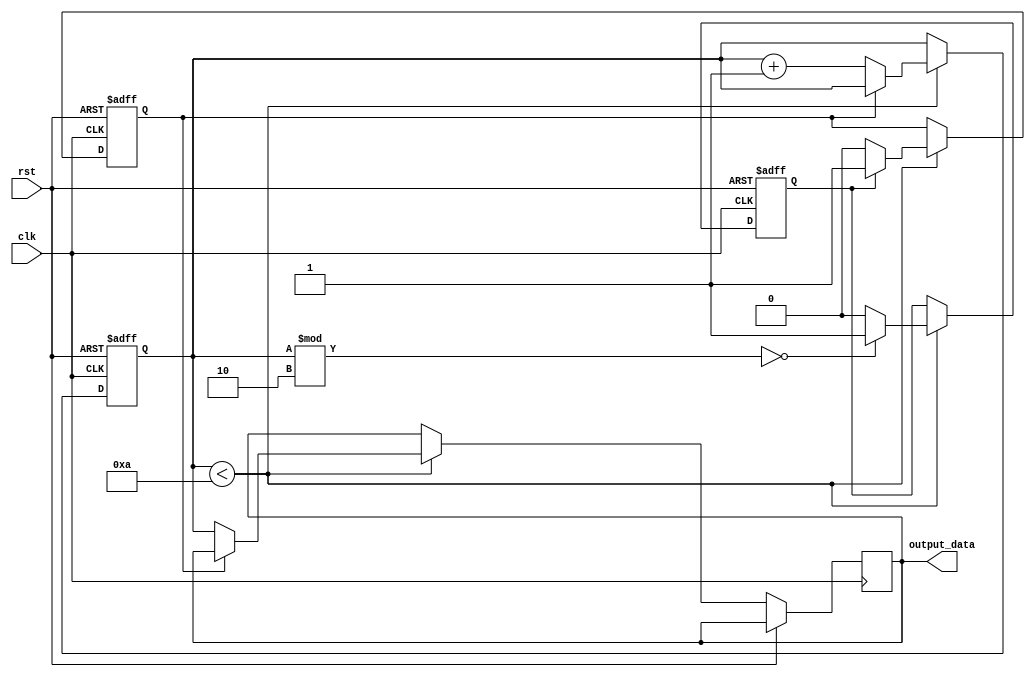
module Loop_with_skip(
    input clk,
    input rst,
    output reg [7:0] output_data
);

reg [7:0] counter;
reg skip_condition;
reg skip_iteration;

always @(posedge clk or posedge rst) begin
    if (rst) begin
        counter <= 0;
        skip_condition <= 0;
        skip_iteration <= 0;
    end else begin
        // Loop structure
        if (counter < 10) begin // Predefined number of cycles
            // Condition to skip certain iterations
            if (counter%2 == 0) begin
                skip_condition <= 1;
            end else begin
                skip_condition <= 0;
            end

            // Check if skip condition is true for current iteration
            if (skip_condition == 1) begin
                skip_iteration <= 1;
            end else begin
                skip_iteration <= 0;
            end

            // Execute loop iteration
            if (skip_iteration == 0) begin
                // Code for iteration
                output_data <= counter; // Example data output
                counter <= counter + 1;
            end
        end
    end
end

endmodule